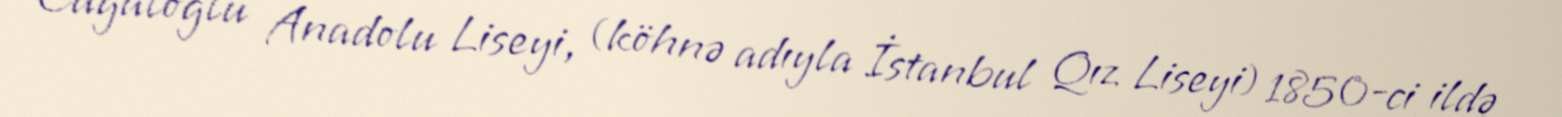
Cağaloğlu Anadolu Liseyi, (köhnə adıyla İstanbul Qız Liseyi) 1850-ci ildə